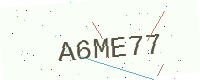
Text: A6ME77